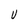
Character: U